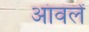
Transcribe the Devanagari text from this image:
आंवलें